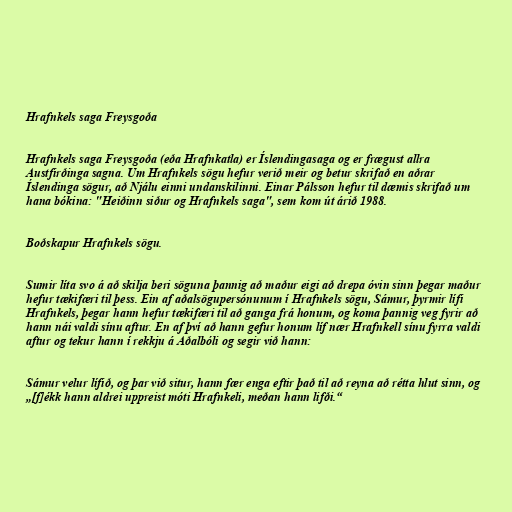
Hrafnkels saga Freysgoða

Hrafnkels saga Freysgoða (eða Hrafnkatla) er Íslendingasaga og er frægust allra
Austfirðinga sagna. Um Hrafnkels sögu hefur verið meir og betur skrifað en aðrar
Íslendinga sögur, að Njálu einni undanskilinni. Einar Pálsson hefur til dæmis skrifað um
hana bókina: "Heiðinn siður og Hrafnkels saga", sem kom út árið 1988.

Boðskapur Hrafnkels sögu.

Sumir líta svo á að skilja beri söguna þannig að maður eigi að drepa óvin sinn þegar maður
hefur tækifæri til þess. Ein af aðalsögupersónunum í Hrafnkels sögu, Sámur, þyrmir lífi
Hrafnkels, þegar hann hefur tækifæri til að ganga frá honum, og koma þannig veg fyrir að
hann nái valdi sínu aftur. En af því að hann gefur honum líf nær Hrafnkell sínu fyrra valdi
aftur og tekur hann í rekkju á Aðalbóli og segir við hann:

Sámur velur lífið, og þar við situr, hann fær enga eftir það til að reyna að rétta hlut sinn, og
„[f]ékk hann aldrei uppreist móti Hrafnkeli, meðan hann lifði.“